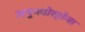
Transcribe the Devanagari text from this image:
अनुभवोस्तेजा